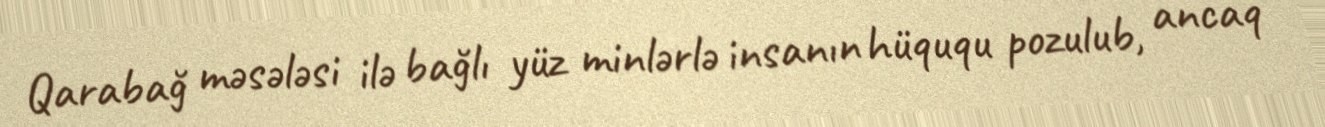
Qarabağ məsələsi ilə bağlı yüz minlərlə insanın hüququ pozulub, ancaq